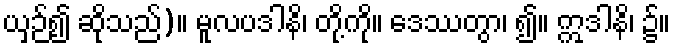
ယှဉ်၍ ဆိုသည်)။ မူလပဒါနိ၊ တို့ကို။ ဒေဿတွာ၊ ၍။ ဣဒါနိ၊ ၌။